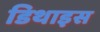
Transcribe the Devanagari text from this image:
डिथाइस